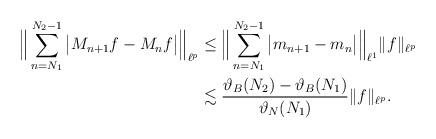
LaTeX: \begin{align*}\Big\|\sum_{n = N_1}^{N_2-1} \big| M_{n+1} f - M_n f \big|\Big\|_{\ell^p}&\leq\Big\| \sum_{n = N_1}^{N_2-1} \big| m_{n+1} - m_n \big| \Big\|_{\ell^1}\|f\|_{\ell^p}\\&\lesssim\frac{\vartheta_B(N_2) - \vartheta_B(N_1)}{\vartheta_N(N_1)} \|f\|_{\ell^p}. \end{align*}